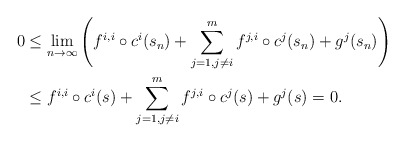
\begin{align*}0&\leq\lim_{n\to\infty} \left( f^{i,i}\circ c^i(s_n) +\sum_{j=1,j\not=i}^mf^{j,i}\circ c^j(s_n)+g^j(s_n)\right)\\&\leq f^{i,i}\circ c^i(s) +\sum_{j=1,j\not=i}^mf^{j,i}\circ c^j(s)+g^j(s)=0.\end{align*}